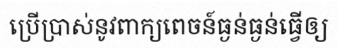
ប្រើប្រាស់នូវពាក្យពេចន៍ធ្ងន់ធ្ងន់ធ្វើឲ្យ